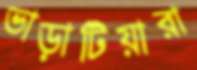
ভাড়াটিয়ারা